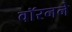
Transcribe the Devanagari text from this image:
वॉरनने